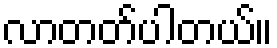
လာတတ်ပါတယ်။